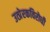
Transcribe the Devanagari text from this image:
उत्प्रेरकविरोधी